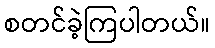
စတင်ခဲ့ကြပါတယ်။